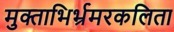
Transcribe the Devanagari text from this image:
मुक्ताभिर्भ्रमरकलिता